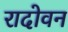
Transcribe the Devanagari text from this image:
रादोवन